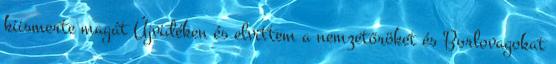
kiismerte magát Újvidéken és elvittem a nemzetőröket és Borlovagokat